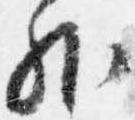
外